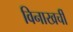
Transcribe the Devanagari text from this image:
विनाखर्ची